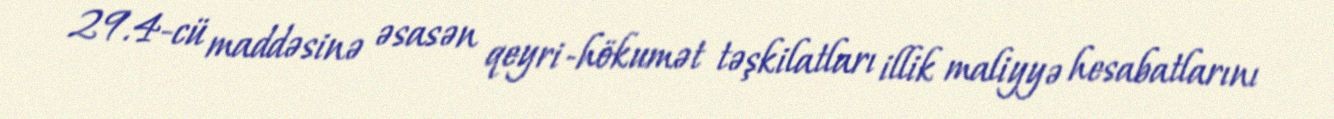
29.4-cü maddəsinə əsasən qeyri-hökumət təşkilatları illik maliyyə hesabatlarını